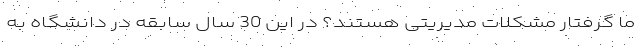
ما گرفتار مشکلات مدیریتی هستند؟ در این 30 سال سابقه در دانشگاه به